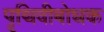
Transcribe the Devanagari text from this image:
पृथिवीबोधक